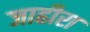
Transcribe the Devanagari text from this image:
जाहीरा